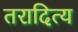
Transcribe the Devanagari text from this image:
तरादित्य